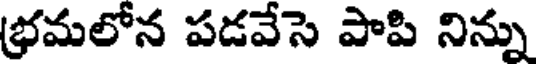
భ్రమలోన పడవేసె పాపి నిన్ను